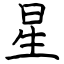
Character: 星